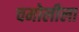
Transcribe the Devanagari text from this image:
चमोलीला